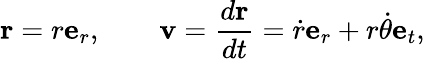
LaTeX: \mathbf{r}=r\mathbf{e}_{r},\qquad\mathbf{v}={\frac{d\mathbf{r}}{dt}}={\dot{r}}\mathbf{e}_{r}+r{\dot{\theta}}\mathbf{e}_{t},